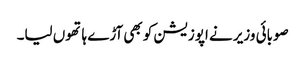
صوبائی وزیر نے اپوزیشن کو بھی آڑے ہاتھوں لیا۔